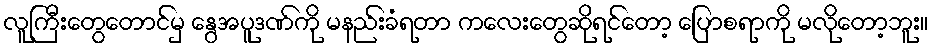
လူကြီးတွေတောင်မှ နွေအပူဒဏ်ကို မနည်းခံရတာ ကလေးတွေဆိုရင်တော့ ပြောစရာကို မလိုတော့ဘူး။